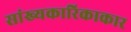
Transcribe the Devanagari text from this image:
सांख्यकारिकाकार